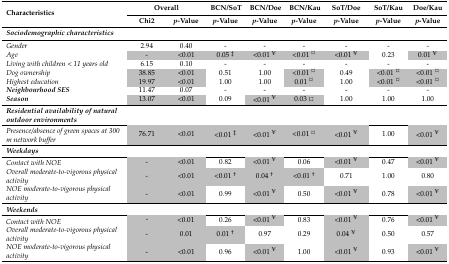
<table><thead><tr><td rowspan="2"><b>Characteristics</b></td><td colspan="2"><b>Overall</b></td><td><b>BCN/SoT</b></td><td><b>BCN/Doe</b></td><td><b>BCN/Kau</b></td><td><b>SoT/Doe</b></td><td><b>SoT/Kau</b></td><td><b>Doe/Kau</b></td></tr><tr><td><b>Chi2</b></td><td><b><i>p</i>-Value</b></td><td><b><i>p</i>-Value</b></td><td><b><i>p</i>-Value</b></td><td><b><i>p</i>-Value</b></td><td><b><i>p</i>-Value</b></td><td><b><i>p</i>-Value</b></td><td><b><i>p</i>-Value</b></td></tr></thead><tbody><tr><td><b><i>Sociodemographic characteristics</i></b></td><td></td><td></td><td></td><td></td><td></td><td></td><td></td><td></td></tr><tr><td><i>Gender</i></td><td>2.94</td><td>0.40</td><td>-</td><td>-</td><td>-</td><td>-</td><td>-</td><td>-</td></tr><tr><td><i>Age</i></td><td>-</td><td>&lt;0.01</td><td>0.05 <sup>‡</sup></td><td>&lt;0.01 <sup>¥</sup></td><td>&lt;0.01 ¤</td><td>&lt;0.01 <sup>¥</sup></td><td>0.23</td><td>0.01 <sup>¥</sup></td></tr><tr><td><i>Living with children &lt; 11 years old</i></td><td>6.15</td><td>0.10</td><td>-</td><td>-</td><td>-</td><td>-</td><td>-</td><td>-</td></tr><tr><td><i>Dog ownership</i></td><td>38.85</td><td>&lt;0.01</td><td>0.51</td><td>1.00</td><td>&lt;0.01 ¤</td><td>0.49</td><td>&lt;0.01 ¤</td><td>&lt;0.01 ¤</td></tr><tr><td><i>Highest education</i></td><td>19.97</td><td>&lt;0.01</td><td>1.00</td><td>1.00</td><td>0.01 ¤</td><td>1.00</td><td>&lt;0.01 ¤</td><td>&lt;0.01 ¤</td></tr><tr><td><b><i>Neighbourhood SES</i></b></td><td>11.47</td><td>0.07</td><td>-</td><td>-</td><td>-</td><td>-</td><td>-</td><td>-</td></tr><tr><td><b><i>Season</i></b></td><td>13.07</td><td>&lt;0.01</td><td>0.09</td><td>&lt;0.01 <sup>¥</sup></td><td>0.03 ¤</td><td>1.00</td><td>1.00</td><td>1.00</td></tr><tr><td><b><i>Residential availability of natural outdoor environments</i></b></td><td></td><td></td><td></td><td></td><td></td><td></td><td></td><td></td></tr><tr><td><i>Presence/absence of green spaces at 300 m network buffer</i></td><td>76.71</td><td>&lt;0.01</td><td>&lt;0.01 <sup>‡</sup></td><td>&lt;0.01 <sup>¥</sup></td><td>&lt;0.01 ¤</td><td>&lt;0.01 <sup>¥</sup></td><td>1.00</td><td>&lt;0.01 <sup>¥</sup></td></tr><tr><td><b><i>Weekdays</i></b></td><td></td><td></td><td></td><td></td><td></td><td></td><td></td><td></td></tr><tr><td><i>Contact with NOE</i></td><td>-</td><td>&lt;0.01</td><td>0.82</td><td>&lt;0.01 <sup>¥</sup></td><td>0.06</td><td>&lt;0.01 <sup>¥</sup></td><td>0.47</td><td>&lt;0.01 <sup>¥</sup></td></tr><tr><td><i>Overall moderate-to-vigorous physical activity</i></td><td>-</td><td>&lt;0.01</td><td>&lt;0.01 <sup>†</sup></td><td>0.04 <sup>†</sup></td><td>&lt;0.01 <sup>†</sup></td><td>0.71</td><td>1.00</td><td>0.80</td></tr><tr><td><i>NOE moderate-to-vigorous physical activity</i></td><td>-</td><td>&lt;0.01</td><td>0.99</td><td>&lt;0.01 <sup>¥</sup></td><td>0.50</td><td>&lt;0.01 <sup>¥</sup></td><td>0.78</td><td>&lt;0.01 <sup>¥</sup></td></tr><tr><td><b><i>Weekends</i></b></td><td></td><td></td><td></td><td></td><td></td><td></td><td></td><td></td></tr><tr><td rowspan="2"><i>Contact with NOE</i></td><td rowspan="2">-</td><td rowspan="2">&lt;0.01</td><td>0.26</td><td>&lt;0.01 <sup>¥</sup></td><td>0.83</td><td>&lt;0.01 <sup>¥</sup></td><td>0.76</td><td>&lt;0.01 <sup>¥</sup></td></tr><tr><td><i>Overall moderate-to-vigorous physical activity</i></td><td>-</td><td>0.01</td><td>0.01 <sup>†</sup></td><td>0.97</td><td>0.29</td><td>0.04 <sup>¥</sup></td><td>0.50</td><td>0.57</td></tr><tr><td><i>NOE moderate-to-vigorous physical activity</i></td><td>-</td><td>&lt;0.01</td><td>0.96</td><td>&lt;0.01 <sup>¥</sup></td><td>1.00</td><td>&lt;0.01 <sup>¥</sup></td><td>0.93</td><td>&lt;0.01 <sup>¥</sup></td></tr></tbody></table>